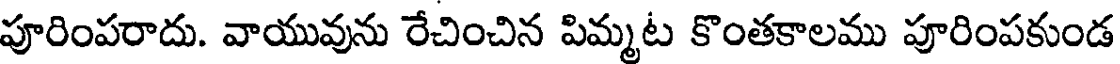
పూరింపరాదు. వాయువును రేచించిన పిమ్మట కొంతకాలము పూరింపకుండ